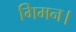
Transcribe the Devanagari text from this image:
गिमन।